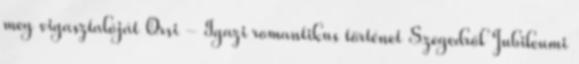
meg vigasztalóját Orsi - Igazi romantikus történet Szegedről Jubileumi